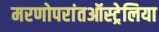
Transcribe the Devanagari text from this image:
मरणोपरांतऑस्ट्रेलिया